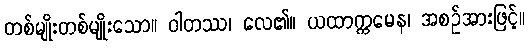
တစ်မျိုးတစ်မျိုးသော။ ဝါတဿ၊ လေ၏။ ယထာက္ကမေန၊ အစဉ်အားဖြင့်။